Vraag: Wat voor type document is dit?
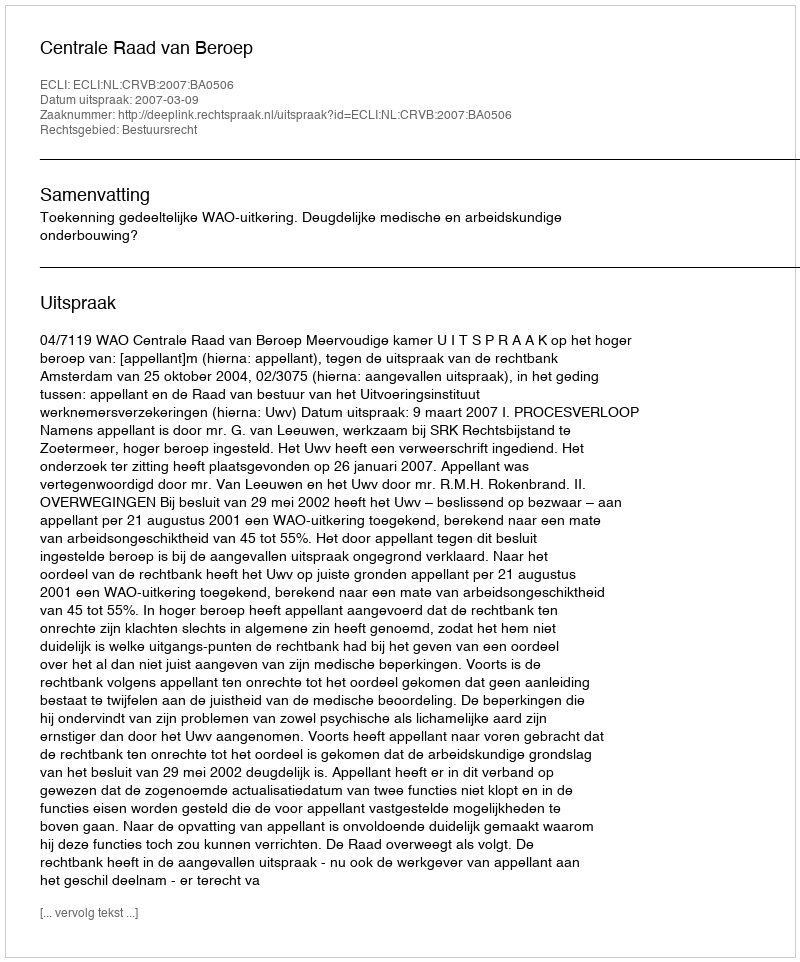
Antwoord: Uitspraak